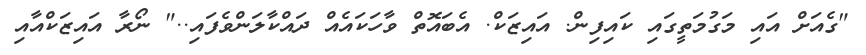
"ގެއަށް އައި މަގުމަތީގައި ކައިފިން. އައިޒަކް. އެބައޮތް ވާހަކައެއް ދައްކާލަންވެފައި.." ނޯރާ އައިޒަކްއާއި